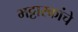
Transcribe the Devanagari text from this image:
भट्टारकांचे